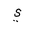
Letter: _ya